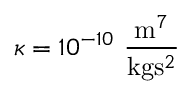
\kappa = 1 0 ^ { - 1 0 } ~ \frac { \mathrm { m } ^ { 7 } } { \mathrm { k g } \mathrm { s } ^ { 2 } }